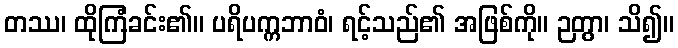
တဿ၊ ထိုကြံခင်း၏။ ပရိပက္ကဘာဝံ၊ ရင့်သည်၏ အဖြစ်ကို။ ဉတွာ၊ သိ၍။